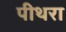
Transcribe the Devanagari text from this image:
पीथरा